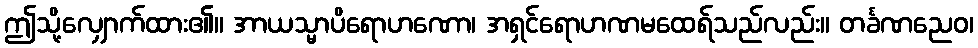
ဤသို့လျှောက်ထား၏။ အာယသ္မာပိရောဟဏော၊ အရှင်ရောဟဏမထေရ်သည်လည်း။ တင်္ခဏညေဝ၊